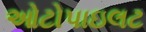
ઓટોપાઇલટ